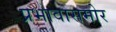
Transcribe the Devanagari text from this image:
प्रभावासमोर